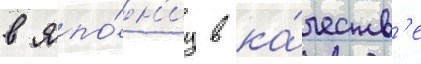
в япо́н'иу в ка́честв'е